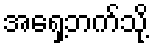
အရှေ့ဘက်သို့